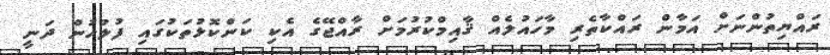
ރައްޔިތުންނަށް އަމާން ރައްކާތެރި މާހައުލެއް ޤާއިމްކުރުމަށް ރާއްޖޭގެ އެކި ކަންކޮޅުތަކުގައި ފުލުހުން ދަނީ